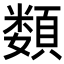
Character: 𩔗